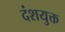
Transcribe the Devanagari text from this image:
दंशयुक्त